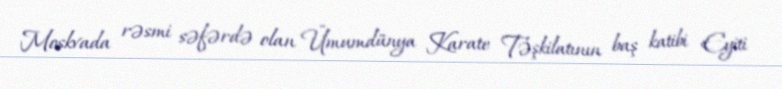
Moskvada rəsmi səfərdə olan Ümumdünya Karate Təşkilatının baş katibi Eyiti